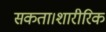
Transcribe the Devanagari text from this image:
सकता।शारीरिक